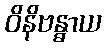
ဝိနိဗန္ဓာယ